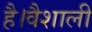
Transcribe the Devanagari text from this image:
है।वैशाली